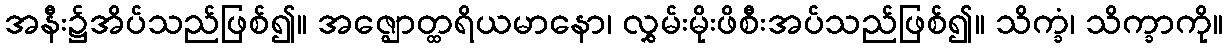
အနီး၌အိပ်သည်ဖြစ်၍။ အဇ္ဈောတ္ထရိယမာနော၊ လွှမ်းမိုးဖိစီးအပ်သည်ဖြစ်၍။ သိက္ခံ၊ သိက္ခာကို။